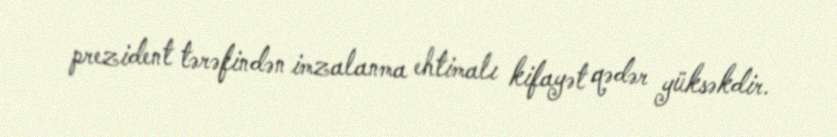
prezident tərəfindən imzalanma ehtimalı kifayət qədər yüksəkdir.